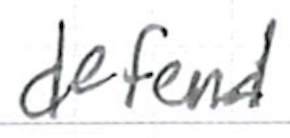
Text: defend
Cross-out: clean
Writing tool: ballpoint